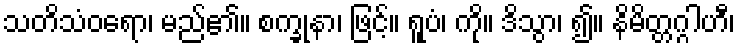
သတိသံဝရော၊ မည်၏။ စက္ခုနာ၊ ဖြင့်။ ရူပံ၊ ကို။ ဒိသွာ၊ ၍။ နိမိတ္တဂ္ဂါဟီ၊